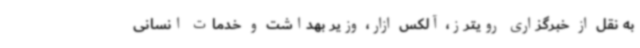
به نقل از خبرگزاری رویترز، آلکس ازار، وزیر بهداشت و خدمات انسانی